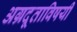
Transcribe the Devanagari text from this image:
अग्रदूताविषयी